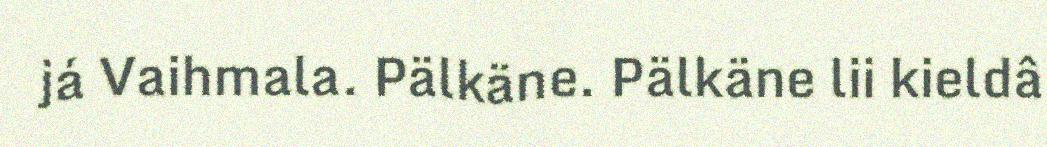
já Vaihmala. Pälkäne. Pälkäne lii kieldâ